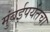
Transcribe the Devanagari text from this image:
मुंबईपर्यंतचा